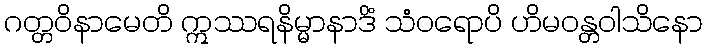
ဂတ္တဝိနာမေတိ ဣဿရနိမ္မာနာဒိံ သံဝရောပိ ဟိမဝန္တဝါသိနော